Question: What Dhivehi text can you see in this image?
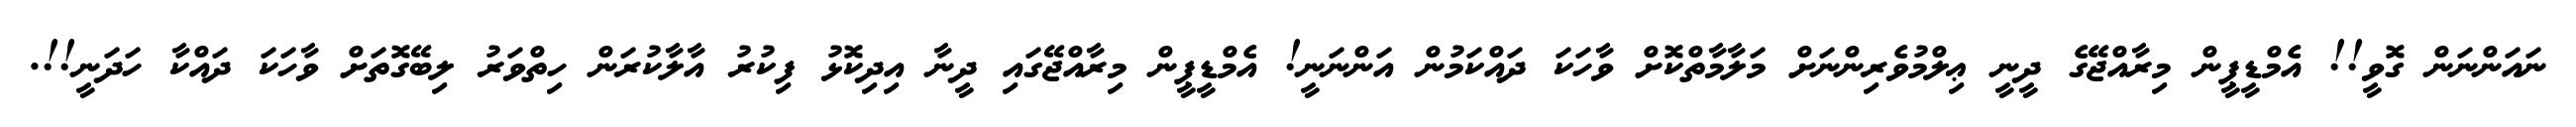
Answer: ނައަންނަން ގޮވީ!! އެމްޑީޕީން މިރާއްޖޭގެ ދީނީ ޢިލްމުވެރިންނަށް މަލާމާތްކޮށް ވާހަކަ ދައްކަމުން އަންނަނީ! އެމްޑީޕީން މިރާއްޖޭގައި ދީނާ އިދިކޮޅު ފިކުރު އާލާކުރަން ހިތްވަރު ލިބޭގޮތަށް ވާހަކަ ދައްކާ ހަދަނީ!!.